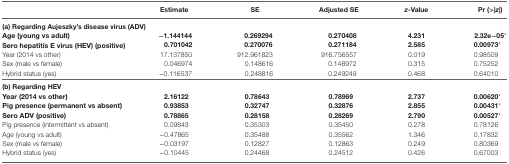
<table><thead><tr><td></td><td><b>Estimate</b></td><td><b>SE</b></td><td><b>Adjusted SE</b></td><td><b><i>z</i>-Value</b></td><td><b>Pr (&gt;|<i>z</i>|)</b></td></tr></thead><tbody><tr><td colspan="6"><b>(a) Regarding Aujeszky’s disease virus (ADV)</b></td></tr><tr><td><b>Age (young vs adult)</b></td><td><b>−1.144144</b></td><td><b>0.269294</b></td><td><b>0.270408</b></td><td><b>4.231</b></td><td><b>2.32e−05</b>*</td></tr><tr><td><b>Sero hepatitis E virus (HEV) (positive)</b></td><td><b>0.701042</b></td><td><b>0.270076</b></td><td><b>0.271184</b></td><td><b>2.585</b></td><td><b>0.00973</b>*</td></tr><tr><td>Year (2014 vs other)</td><td>17.137850</td><td>912.961823</td><td>916.756557</td><td>0.019</td><td>0.98509</td></tr><tr><td>Sex (male vs female)</td><td>0.046974</td><td>0.148616</td><td>0.148972</td><td>0.315</td><td>0.75252</td></tr><tr><td>Hybrid status (yes)</td><td>−0.116537</td><td>0.248816</td><td>0.249249</td><td>0.468</td><td>0.64010</td></tr><tr><td colspan="6"><b>(b) Regarding HEV</b></td></tr><tr><td><b>Year (2014 vs other)</b></td><td><b>2.16122</b></td><td><b>0.78643</b></td><td><b>0.78969</b></td><td><b>2.737</b></td><td><b>0.00620</b>*</td></tr><tr><td><b>Pig presence (permanent vs absent)</b></td><td><b>0.93853</b></td><td><b>0.32747</b></td><td><b>0.32876</b></td><td><b>2.855</b></td><td><b>0.00431</b>*</td></tr><tr><td><b>Sero ADV (positive)</b></td><td><b>0.78865</b></td><td><b>0.28158</b></td><td><b>0.28269</b></td><td><b>2.790</b></td><td><b>0.00527</b>*</td></tr><tr><td>Pig presence (intermittent vs absent)</td><td>0.09843</td><td>0.35303</td><td>0.35450</td><td>0.278</td><td>0.78126</td></tr><tr><td>Age (young vs adult)</td><td>−0.47865</td><td>0.35488</td><td>0.35562</td><td>1.346</td><td>0.17832</td></tr><tr><td>Sex (male vs female)</td><td>−0.03197</td><td>0.12827</td><td>0.12863</td><td>0.249</td><td>0.80369</td></tr><tr><td>Hybrid status (yes)</td><td>−0.10445</td><td>0.24468</td><td>0.24512</td><td>0.426</td><td>0.67003</td></tr></tbody></table>